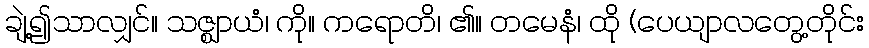
ချဲ့၍သာလျှင်။ သဇ္ဈာယံ၊ ကို။ ကရောတိ၊ ၏။ တမေနံ၊ ထို (ပေယျာလတွေ့တိုင်း